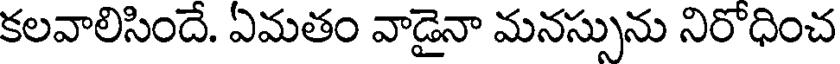
కలవాలిసిందే. ఏమతం వాడైనా మనస్సును నిరోధించ